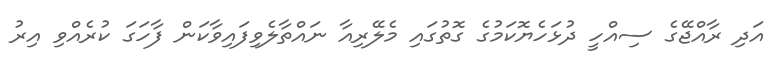
އަދި ރާއްޖޭގެ ސިއްހީ ދުޅަހެޔޮކަމުގެ ގޮތުގައި މެލޭރިއާ ނައްތާލެވިފައިވާކަން ފާހަގަ ކުރެއްވި އިރު